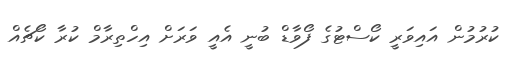
ކުރުމުން އައިވަރީ ކޯސްޓުގެ ފޯވާޑް ބުނީ އެއީ ވަރަށް އިހްތިރާމް ކުރާ ކޯޗެއް